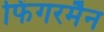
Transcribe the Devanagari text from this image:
फिंगरमैन